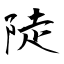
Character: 陡